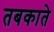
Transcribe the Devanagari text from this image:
तबकाते